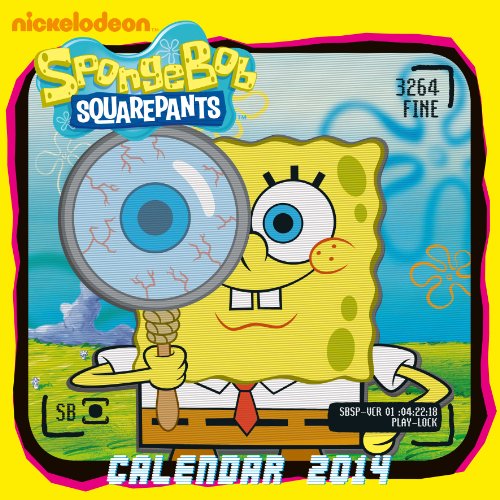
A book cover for Official Sponge Bob 2014 Calendar; Calendars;